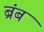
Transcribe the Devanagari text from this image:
ब्रंब